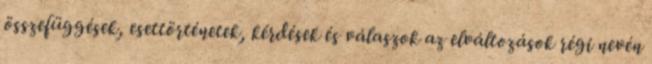
összefüggések, esettörténetek, kérdések és válaszok az elváltozások régi nevén